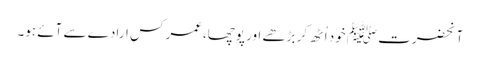
آنحضرت ﷺ خود اُٹھ کر بڑھے اور پوچھا،عمر کس ارادے سے آئے ہو۔